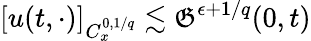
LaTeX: [u(t,\cdot)]_{C_{x}^{0,1/q}}\lesssim\mathfrak{G}^{\epsilon+1/q}(0,t)